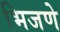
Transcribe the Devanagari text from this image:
भिजणे